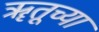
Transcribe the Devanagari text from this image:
ॠतूच्या